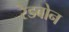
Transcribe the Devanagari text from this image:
रेडबोन